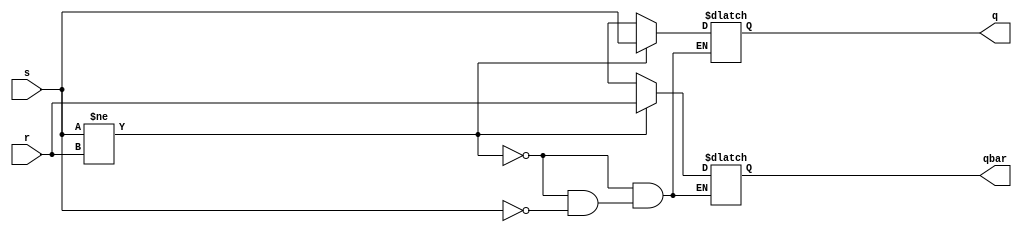
module unclockSRLatch(input s,r,output reg q,qbar);
always@(*)
begin
if(s!=r)
begin
q=s;qbar=r;
end
else if(s)
begin
q=1'bz;qbar=1'bz;
end
end
endmodule